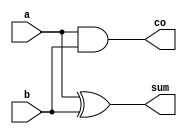
module ha(a, b, sum, co);
    input a, b;
    output sum, co;

    assign sum = a ^ b;
    assign co = a & b;

endmodule

module fa(a, b, ci, sum, co);
    input a, b, ci;
    output sum, co;
    wire h1s, h1c, h2c;

    ha h1(a, b, h1s, h1c);
    ha h2(ci, h1s, sum, h2c);

    assign co = h2c | h1c;

endmodule